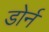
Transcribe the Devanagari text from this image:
डोर्न